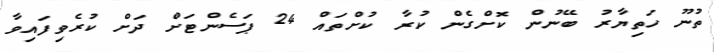
ތުނޫ ހަތިޔާރު ބޭނުން ކޮށްގެން ކުރާ ކުށްތައް 24 ޕަސެންޓަށް ދަށް ކުރެވިފައިވާ